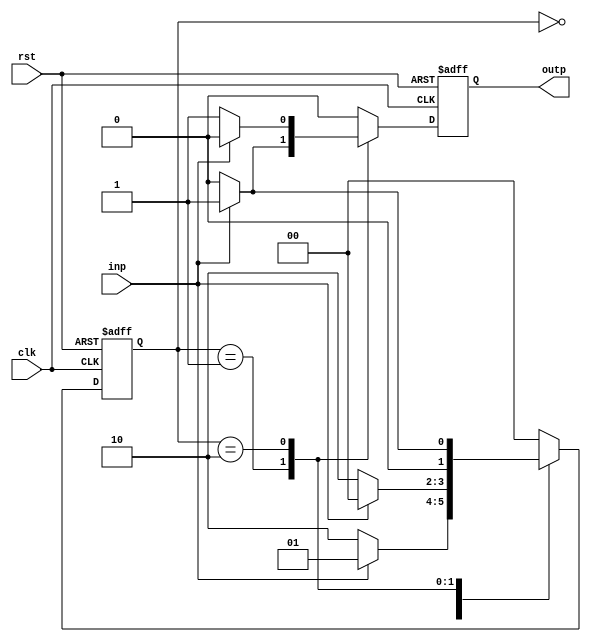
module mealy( clk, rst, inp, outp); 
    input clk, rst, inp; 
    output outp; 
    reg [1:0] state; 
    reg outp;  
    
    always @( posedge clk, posedge rst ) begin 
        if( rst ) begin 
            state <= 2'b00; 
            outp <= 0; 
        end else begin 
            case( state ) 
                2'b00: 
                    begin 
                        if( inp ) begin 
                            state <= 2'b01; 
                            outp  <= 0; 
                        end else begin 
                            state <= 2'b10; 
                            outp <= 0; 
                        end 
                    end 
                2'b01: 
                    begin 
                        if( inp ) begin 
                            state <= 2'b00; 
                            outp  <= 1; 
                        end else begin 
                            state <= 2'b10; 
                            outp <= 0; 
                        end 
                    end 
                2'b10: 
                    begin 
                        if( inp ) begin 
                            state <= 2'b01; 
                            outp  <= 0; 
                        end else begin 
                            state <= 2'b00; 
                            outp <= 1; 
                        end 
                    end        
                default: 
                    begin 
                        state <= 2'b00; 
                        outp <= 0; 
                    end 
            endcase 
        end 
    end 
endmodule 


 // Test Bench  
module mealy_test;  
    reg  clk, rst, inp; 
    wire outp; 
    reg[15:0] sequence; 
    integer i;  
    
    mealy duty( clk, rst, inp, outp);  

    initial 
        begin 
            clk = 0; 
            rst = 1; 
            sequence = 16'b0101_0111_0111_0010; 
            
            #5 rst = 0;  
            for( i = 0; i <= 15; i = i + 1) begin 
                inp = sequence[i]; 
                #2 clk = 1; 
                #2 clk = 0; 
                $display("State = ", duty.state, " Input = ", inp, ", Output = ", outp); 
            end 
            testing; 
        end 
 
        task testing; 
            for(i = 0; i <= 15; i = i + 1) begin 
                inp = $random % 2;  
                #2 clk = 1;  
                #2 clk = 0;  
                $display("State = ", duty.state, " Input = ", inp, ", Output = ", outp); 
            end 
        endtask 
endmodule